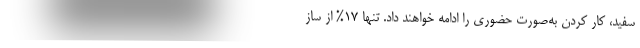
سفید، کار کردن به‌صورت حضوری را ادامه خواهند داد. تنها 17% از ساز